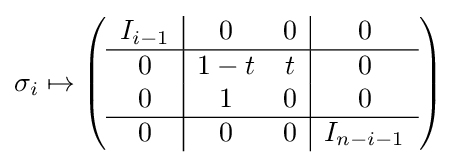
\sigma _{i}\mapsto \left({\begin{array}{c|cc|c}I_{i-1}&0&0&0\\\hline 0&1-t&t&0\\0&1&0&0\\\hline 0&0&0&I_{n-i-1}\end{array}}\right)